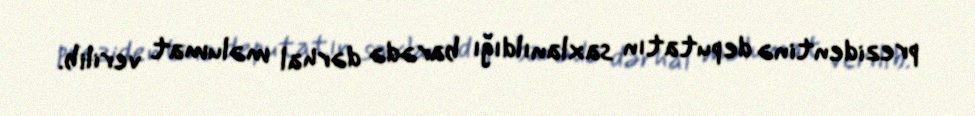
prezidentinə deputatın saxlanıldığı barədə dərhal məlumat verilib.